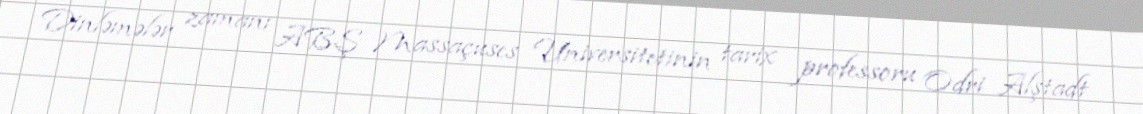
Dinləmələr zamanı ABŞ Massaçuses Universitetinin tarix professoru Odri Alştadt